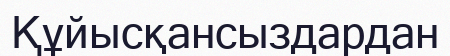
Құйысқансыздардан